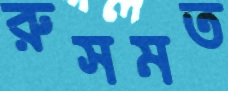
রুসমত